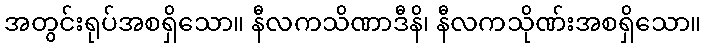
အတွင်းရုပ်အစရှိသော။ နီလကသိဏာဒီနိ၊ နီလကသိုဏ်းအစရှိသော။